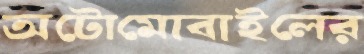
অটোমোবাইলের